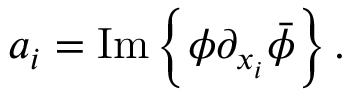
a _ { i } = \mathrm { { I m } } \left\{ \phi \partial _ { x _ { i } } \bar { \phi } \right\} .